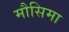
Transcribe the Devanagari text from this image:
मौसिमा